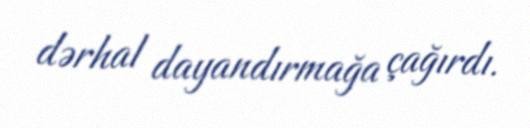
dərhal dayandırmağa çağırdı.